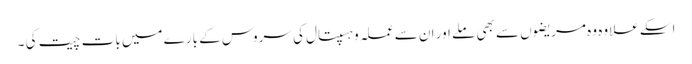
اسکے علاوہ وہ مریضوں سے بھی ملے اور ان سے عملہ وہسپتال کی سروس کے بارے میں بات چیت کی ۔